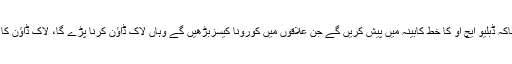
ڈاکٹر یاسمین راشدکا کہنا تھاکہ ڈبلیو ایچ او کا خط کابینہ میں پیش کریں گے جن علاقوں میں کورونا کیسزبڑھیں گے وہاں لاک ڈاؤن کرنا پڑے گا، لاک ڈاؤن کا فیصلہ کابینہ کمیٹی کریگی۔